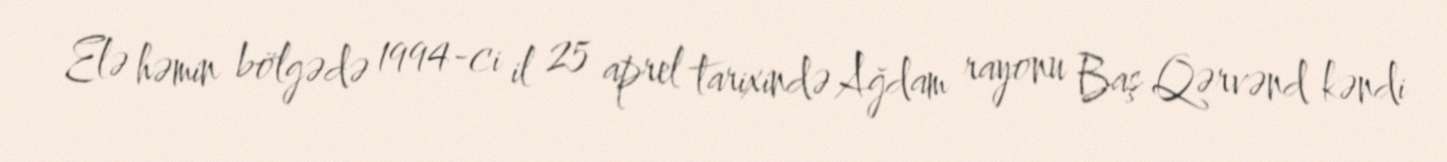
Elə həmin bölgədə 1994-ci il 25 aprel tarixində Ağdam rayonu Baş Qərvənd kəndi